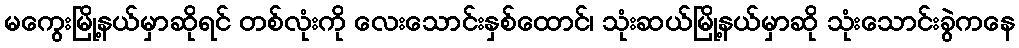
မကွေးမြို့နယ်မှာဆိုရင် တစ်လုံးကို လေးသောင်းနှစ်ထောင်၊ သုံးဆယ်မြို့နယ်မှာဆို သုံးသောင်းခွဲကနေ